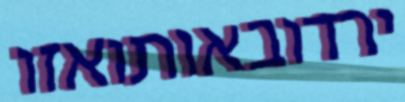
ירדובאותואזו